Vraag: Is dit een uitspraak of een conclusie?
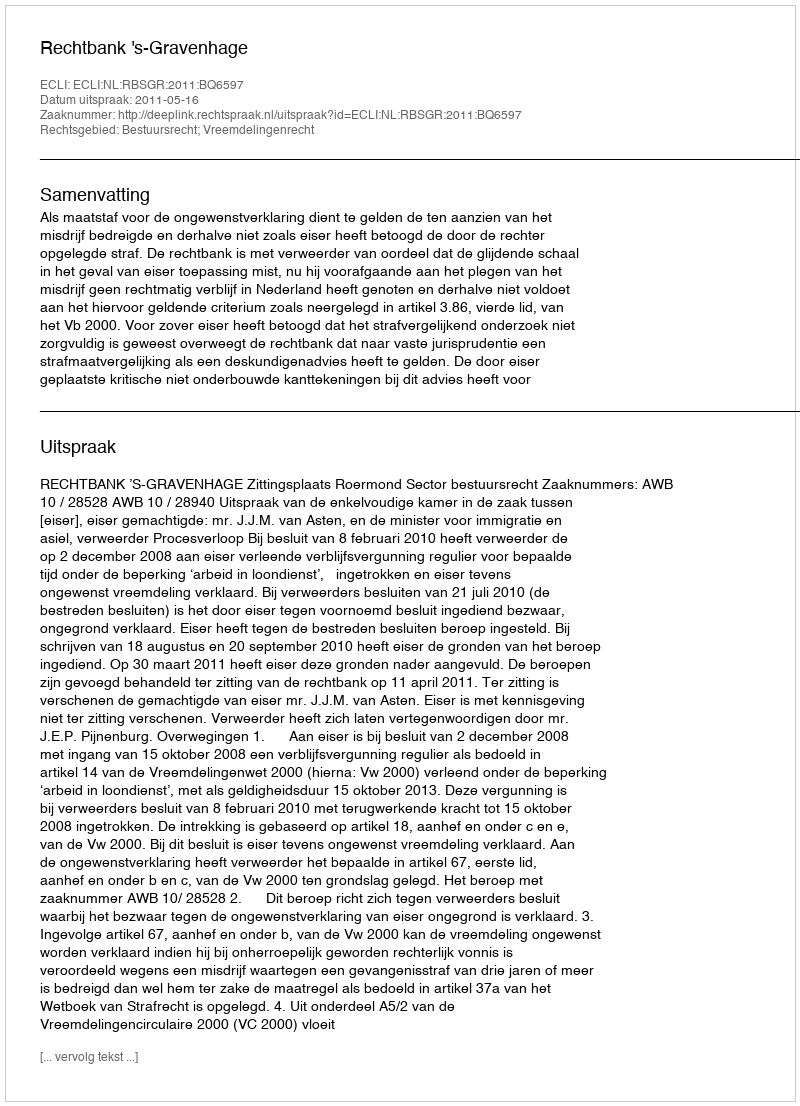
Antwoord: Uitspraak